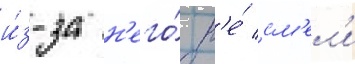
и́з-за н'его́ н'е́ см'ел'и